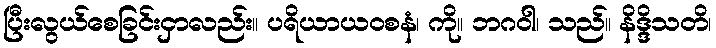
ပြီးလွယ်စေခြင်းငှာလည်း။ ပရိယာယဝစနံ၊ ကို။ ဘဂဝါ၊ သည်။ နိဒ္ဒိသတိ၊